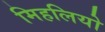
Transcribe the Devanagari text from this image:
मिहलियो